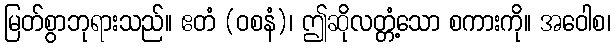
မြတ်စွာဘုရားသည်။ ဧတံ (ဝစနံ)၊ ဤဆိုလတ္တံ့သော စကားကို။ အဝေါစ၊